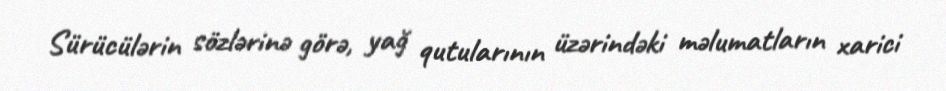
Sürücülərin sözlərinə görə, yağ qutularının üzərindəki məlumatların xarici